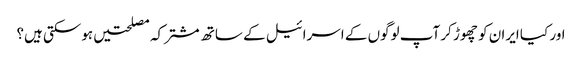
اور کیا ایران کو چھوڑ کر آپ لوگوں کے اسرائیل کے ساتھ مشترکہ مصلحتیں ہوسکتی ہیں؟